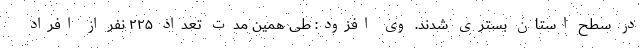
در سطح استان بستری شدند. وی افزود: طی همین مدت تعداد ۲۲۵ نفر از افراد